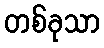
တစ်ခုသာ